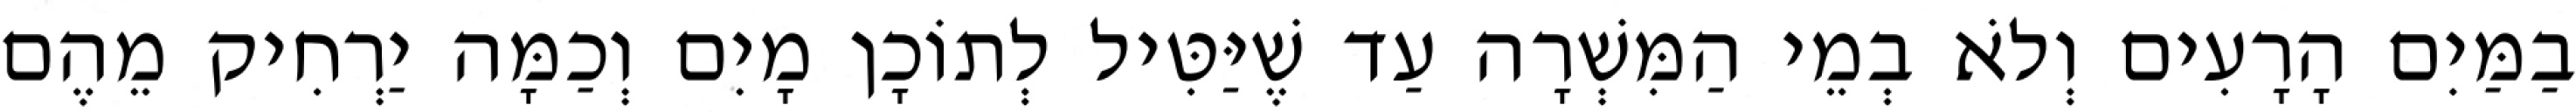
בַמַּיִם הָרָעִים וְלֹא בְמֵי הַמִּשְׁרָה עַד שֶׁיַּטִּיל לְתוֹכָן מָיִם וְכַמָּה יַרְחִיק מֵהֶם